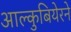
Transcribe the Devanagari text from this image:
आल्कुबियेरने